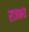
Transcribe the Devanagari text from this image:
राजभय